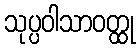
သုပ္ပဝါသာဝတ္ထု